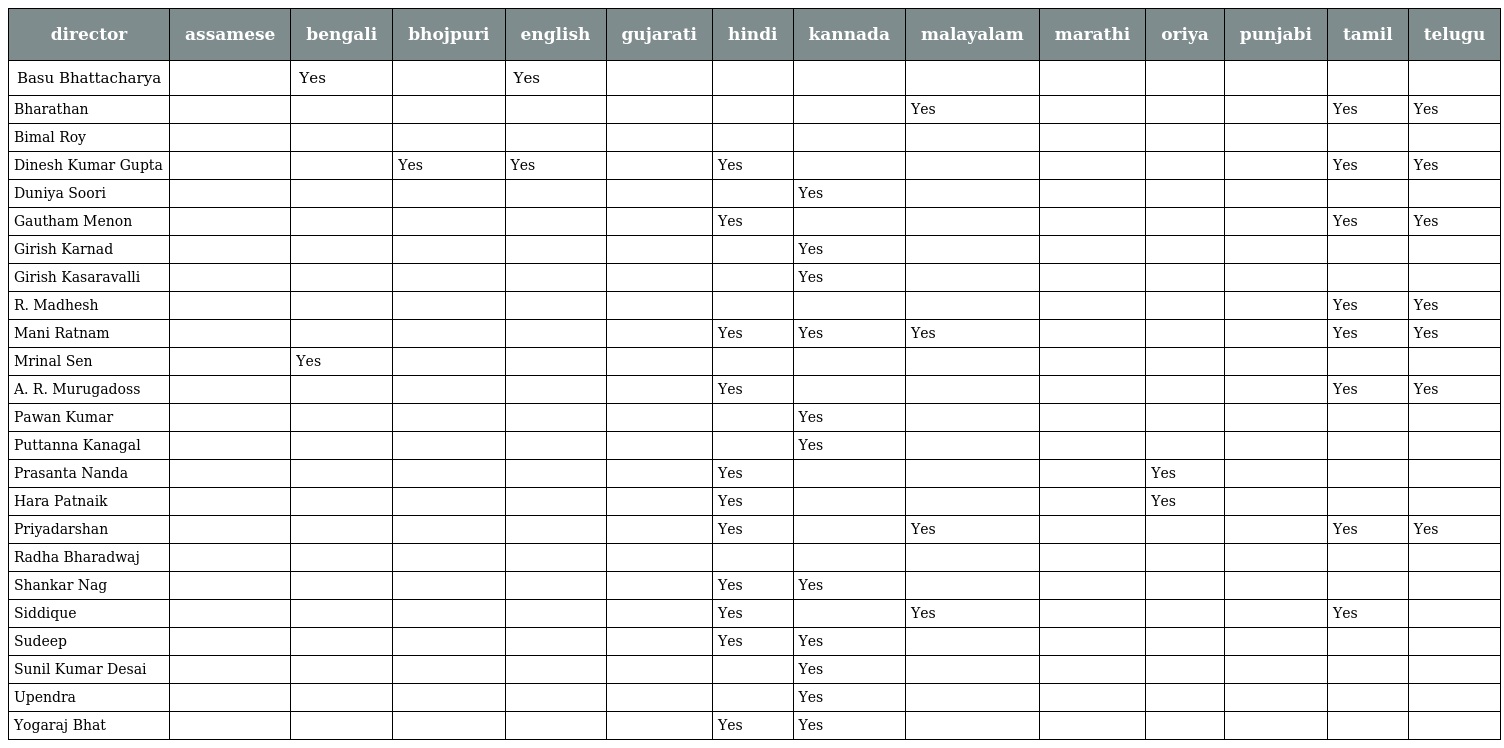
| director | assamese | bengali | bhojpuri | english | gujarati | hindi | kannada | malayalam | marathi | oriya | punjabi | tamil | telugu |
 | --- | --- | --- | --- | --- | --- | --- | --- | --- | --- | --- | --- | --- | --- |
 | Basu Bhattacharya |  | Yes |  | Yes |  |  |  |  |  |  |  |  |  |
 | Bharathan |  |  |  |  |  |  |  | Yes |  |  |  | Yes | Yes |
 | Bimal Roy |  |  |  |  |  |  |  |  |  |  |  |  |  |
 | Dinesh Kumar Gupta |  |  | Yes | Yes |  | Yes |  |  |  |  |  | Yes | Yes |
 | Duniya Soori |  |  |  |  |  |  | Yes |  |  |  |  |  |  |
 | Gautham Menon |  |  |  |  |  | Yes |  |  |  |  |  | Yes | Yes |
 | Girish Karnad |  |  |  |  |  |  | Yes |  |  |  |  |  |  |
 | Girish Kasaravalli |  |  |  |  |  |  | Yes |  |  |  |  |  |  |
 | R. Madhesh |  |  |  |  |  |  |  |  |  |  |  | Yes | Yes |
 | Mani Ratnam |  |  |  |  |  | Yes | Yes | Yes |  |  |  | Yes | Yes |
 | Mrinal Sen |  | Yes |  |  |  |  |  |  |  |  |  |  |  |
 | A. R. Murugadoss |  |  |  |  |  | Yes |  |  |  |  |  | Yes | Yes |
 | Pawan Kumar |  |  |  |  |  |  | Yes |  |  |  |  |  |  |
 | Puttanna Kanagal |  |  |  |  |  |  | Yes |  |  |  |  |  |  |
 | Prasanta Nanda |  |  |  |  |  | Yes |  |  |  | Yes |  |  |  |
 | Hara Patnaik |  |  |  |  |  | Yes |  |  |  | Yes |  |  |  |
 | Priyadarshan |  |  |  |  |  | Yes |  | Yes |  |  |  | Yes | Yes |
 | Radha Bharadwaj |  |  |  |  |  |  |  |  |  |  |  |  |  |
 | Shankar Nag |  |  |  |  |  | Yes | Yes |  |  |  |  |  |  |
 | Siddique |  |  |  |  |  | Yes |  | Yes |  |  |  | Yes |  |
 | Sudeep |  |  |  |  |  | Yes | Yes |  |  |  |  |  |  |
 | Sunil Kumar Desai |  |  |  |  |  |  | Yes |  |  |  |  |  |  |
 | Upendra |  |  |  |  |  |  | Yes |  |  |  |  |  |  |
 | Yogaraj Bhat |  |  |  |  |  | Yes | Yes |  |  |  |  |  |  |